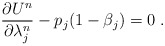
\begin{align*}\frac{{\partial {U^n}}}{{\partial \lambda _j^{n}}} - {p_{j}}(1 - {\beta_j}) = 0\ .\end{align*}